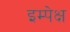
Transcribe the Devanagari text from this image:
इम्पेक्ष